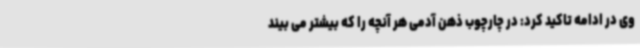
وی در ادامه تاکید کرد: در چارچوب ذهن آدمی هر آنچه را که بیشتر می بیند